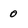
Character: 0